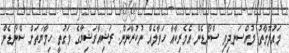
މައުލޫމާތު މުއްސަނދިވި ސްނޯޑެން އެމެރިކާއާ ހަވާލެއް ނުކުރާނަން: ރަޝިއާރަޝިޔާގެ ވަގުތީ ހިމާޔަތަށް ސްނޯޑެން